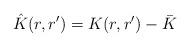
LaTeX: \begin{align*} \hat{K} (r, r') = K (r, r') - \bar{K}\end{align*}